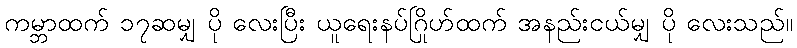
ကမ္ဘာထက် ၁၇ဆမျှ ပို လေးပြီး ယူရေးနပ်ဂြိုဟ်ထက် အနည်းငယ်မျှ ပို လေးသည်။